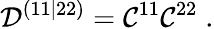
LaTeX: {\cal D}^{(11|22)}={\cal C}^{11}{\cal C}^{22}\; .